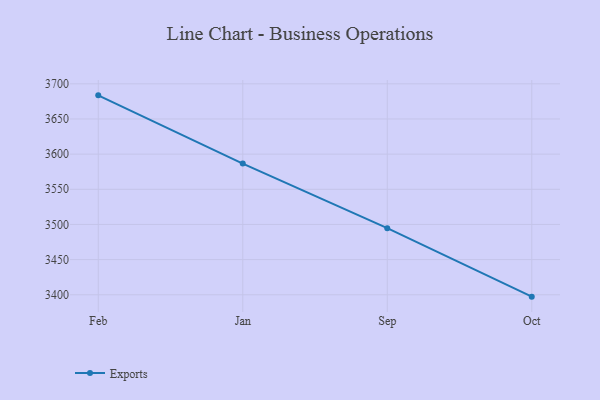
{"axis": {"x": "Month", "y": "Bounce Rate (%)"}, "legend": ["Exports"], "data": [{"x": "Feb", "y": 3683.6, "type": "Exports"}, {"x": "Jan", "y": 3586.5, "type": "Exports"}, {"x": "Sep", "y": 3494.7, "type": "Exports"}, {"x": "Oct", "y": 3397.3, "type": "Exports"}]}